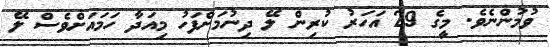
ވުމުންނެވެ. މީގެ 29 އަހަރު ކުރިން ލޭ ދިނުމަށްފަހު މިއަދާ ހަމައަށްވެސް ލޭ